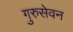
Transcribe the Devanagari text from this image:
गुरुसेवन